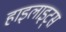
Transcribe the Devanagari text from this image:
हाइलाइट्स